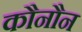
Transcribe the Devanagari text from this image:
कौनौन